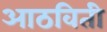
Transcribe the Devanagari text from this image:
आठविती